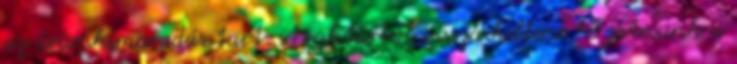
az áramkimaradás tart. A raktárból vissza kellene hozatnunk a